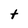
Character: t